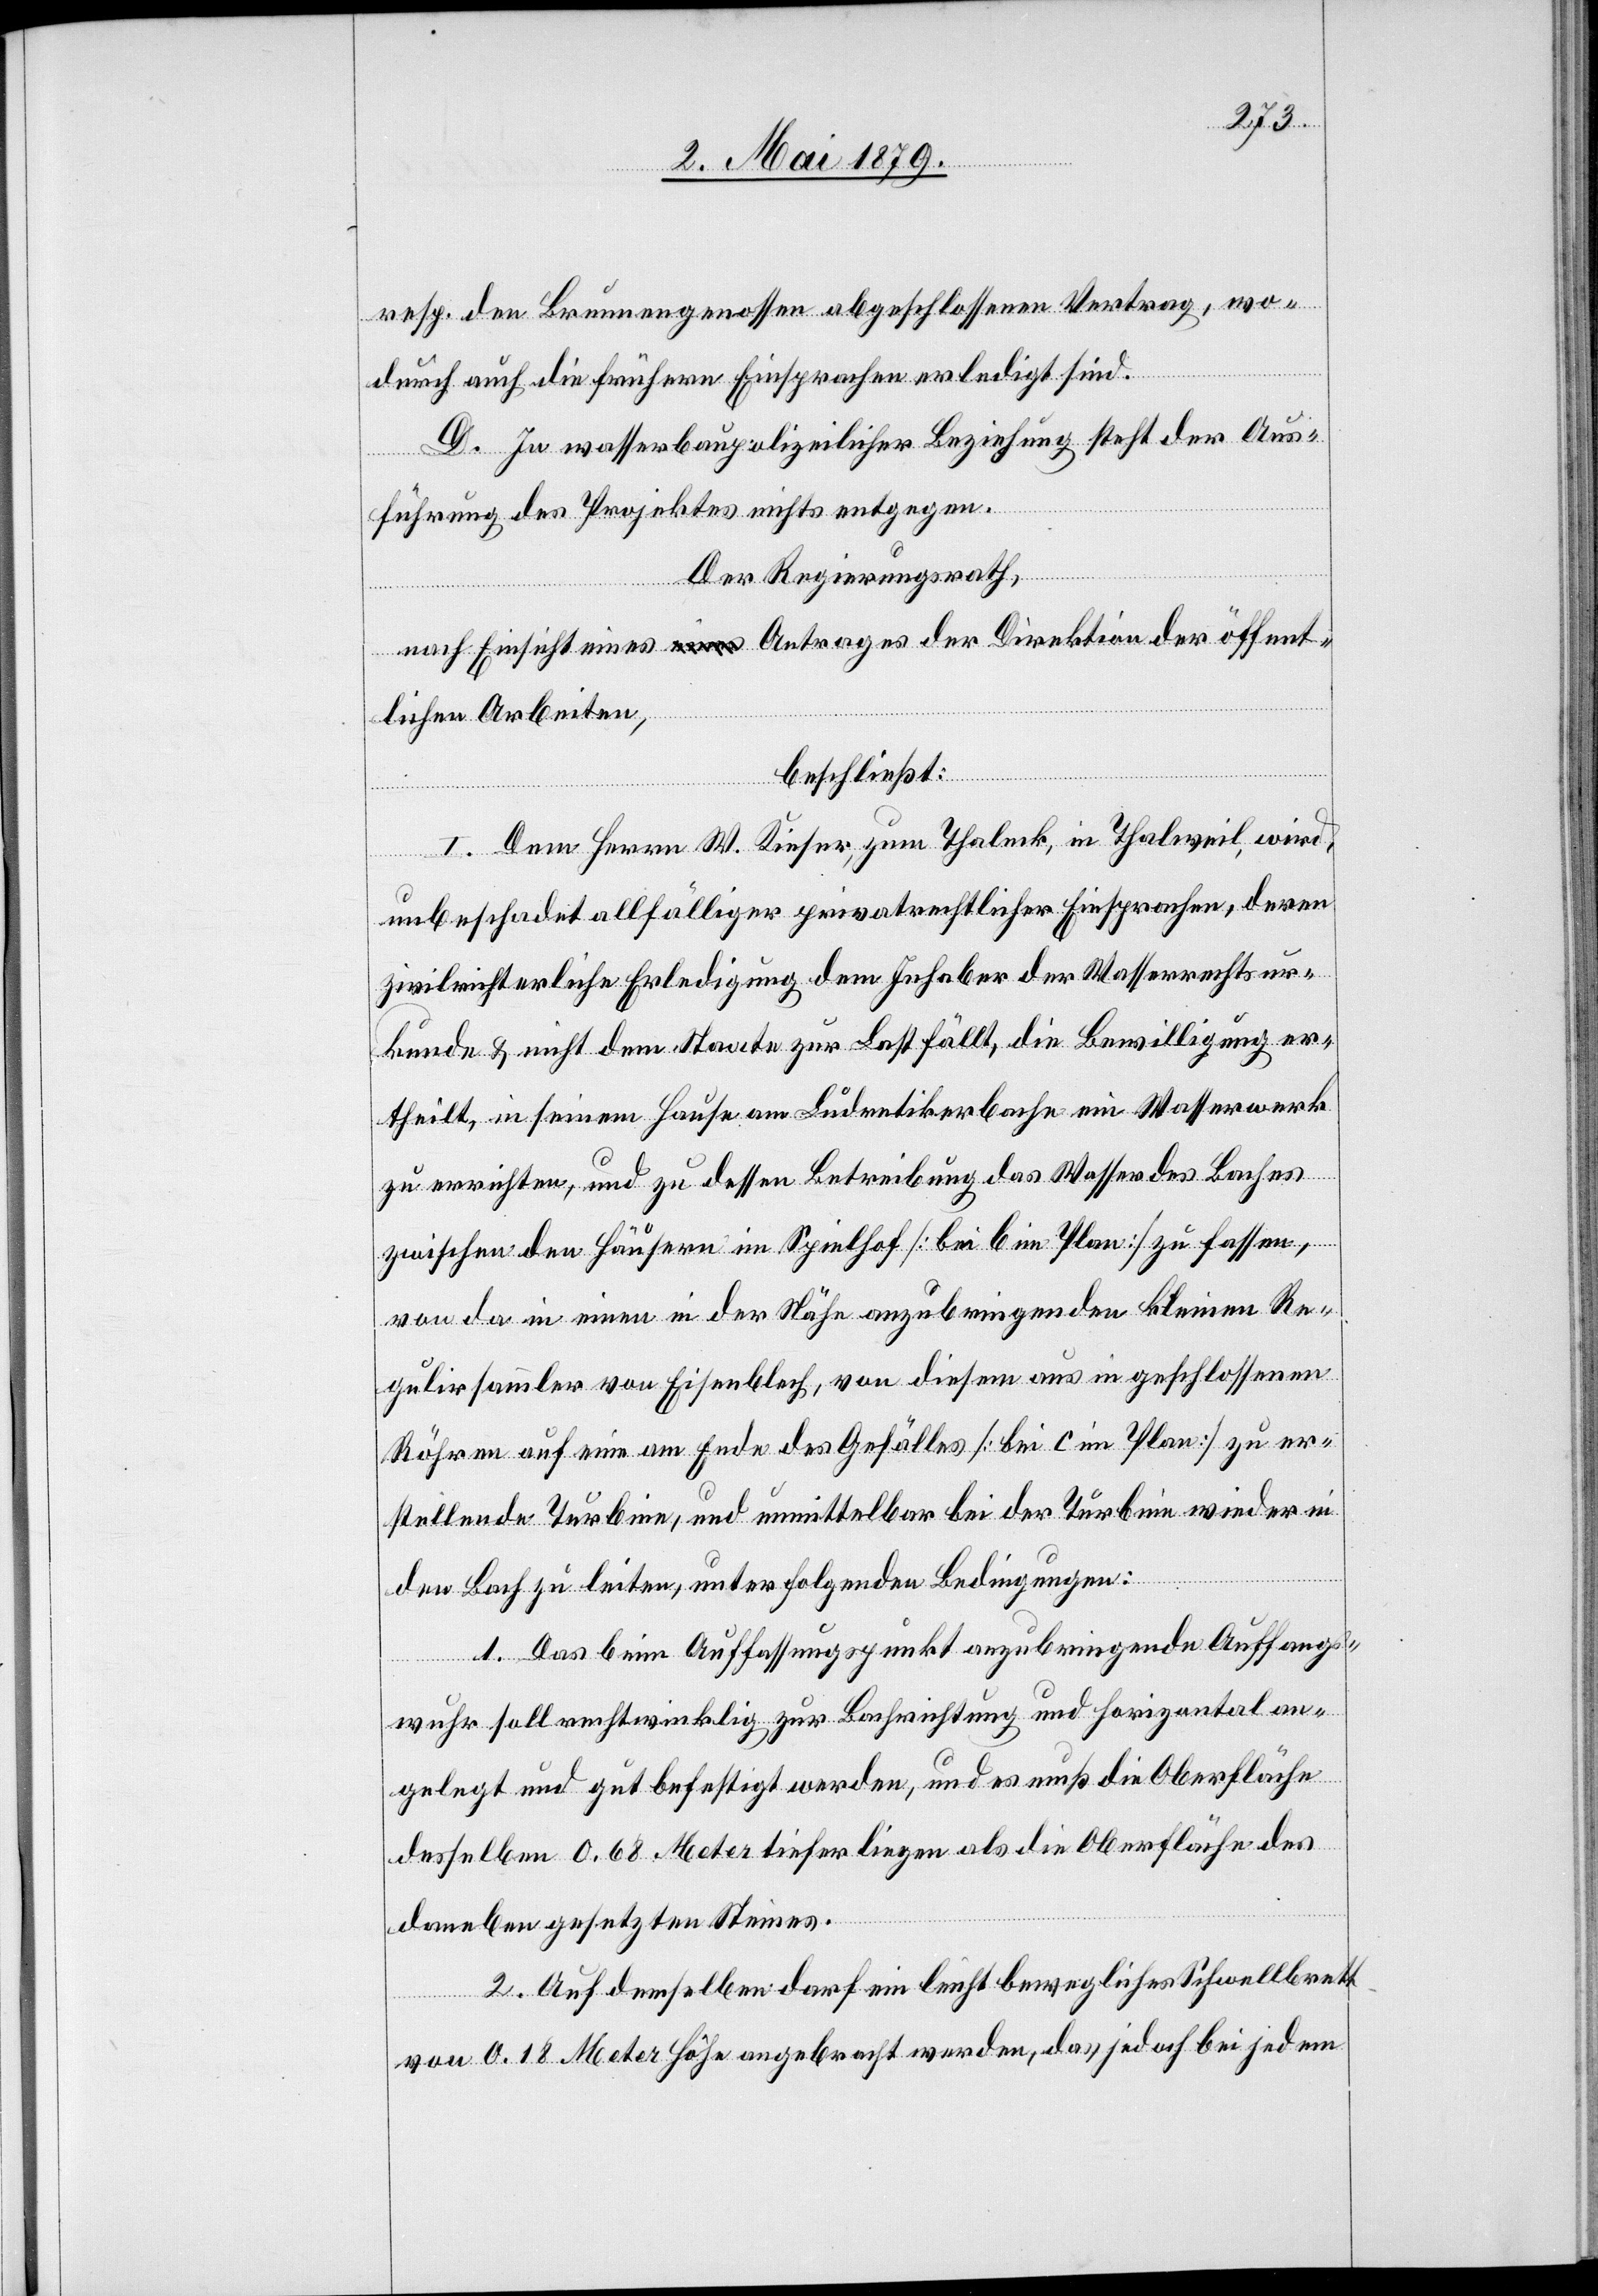
resp. den Brunnengenossen abgeschlossenen Vertrag, wo¬
durch auch die frühern Einsprachen erledigt sind.
D. In wasserbaupolizeilicher Beziehung steht der Aus¬
führung des Projektes nichts entgegen.
Der Regierungsrath,
nach Einsicht eines Antrages der Direktion der öffent¬
lichen Arbeiten,
beschließt:
I. Dem Herrn W. Kieser, zum Thaleck, in Thalweil, wird,
unbeschadet allfälliger privatrechtlicher Einsprachen, deren
zivilrichterliche Erledigung dem Inhaber der Wasserrechtsur¬
kunde & nicht dem Staate zur Last fällt, die Bewilligung er¬
theilt, in seinem Hause am Ludretikerbache ein Wasserwerk
zu errichten, und zu dessen Betreibung das Wasser des Baches
zwischen den Häusern im Spielhof [bei b im Plan] zu fassen,
von da in einen in der Nähe anzubringenden kleinen Re¬
gulirsammler von Eisenblech, von diesem aus in geschlossenen
Röhren auf eine am Ende des Gefälles [bei c im Plan] zu er¬
stellende Turbine, und unmittelbar bei der Turbine wieder in
den Bach zu leiten, unter folgenden Bedingungen:
1. Das beim Auffassungspunkt anzubringende Auffangs¬
wuhr soll rechtwinklig zur Bachrichtung und horizontal an¬
gelegt und gut befestigt werden, und es muß die Oberfläche
desselben 0.68 Meter tiefer liegen als die Oberfläche des
daneben gesetzten Steines.
2. Auf demselben darf ein leicht bewegliches Schwellbrett
von 0.18 Meter Höhe angebracht werden, das jedoch bei jedem